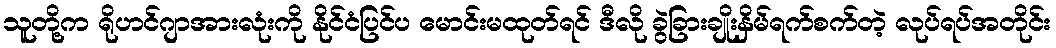
သူတို့က ရိုဟင်ဂျာအားလုံးကို နိုင်ငံပြင်ပ မောင်းမထုတ်ရင် ဒီလို ခွဲခြားချိုးနှိမ်ရက်စက်တဲ့ လုပ်ရပ်အတိုင်း